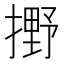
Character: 𫽼